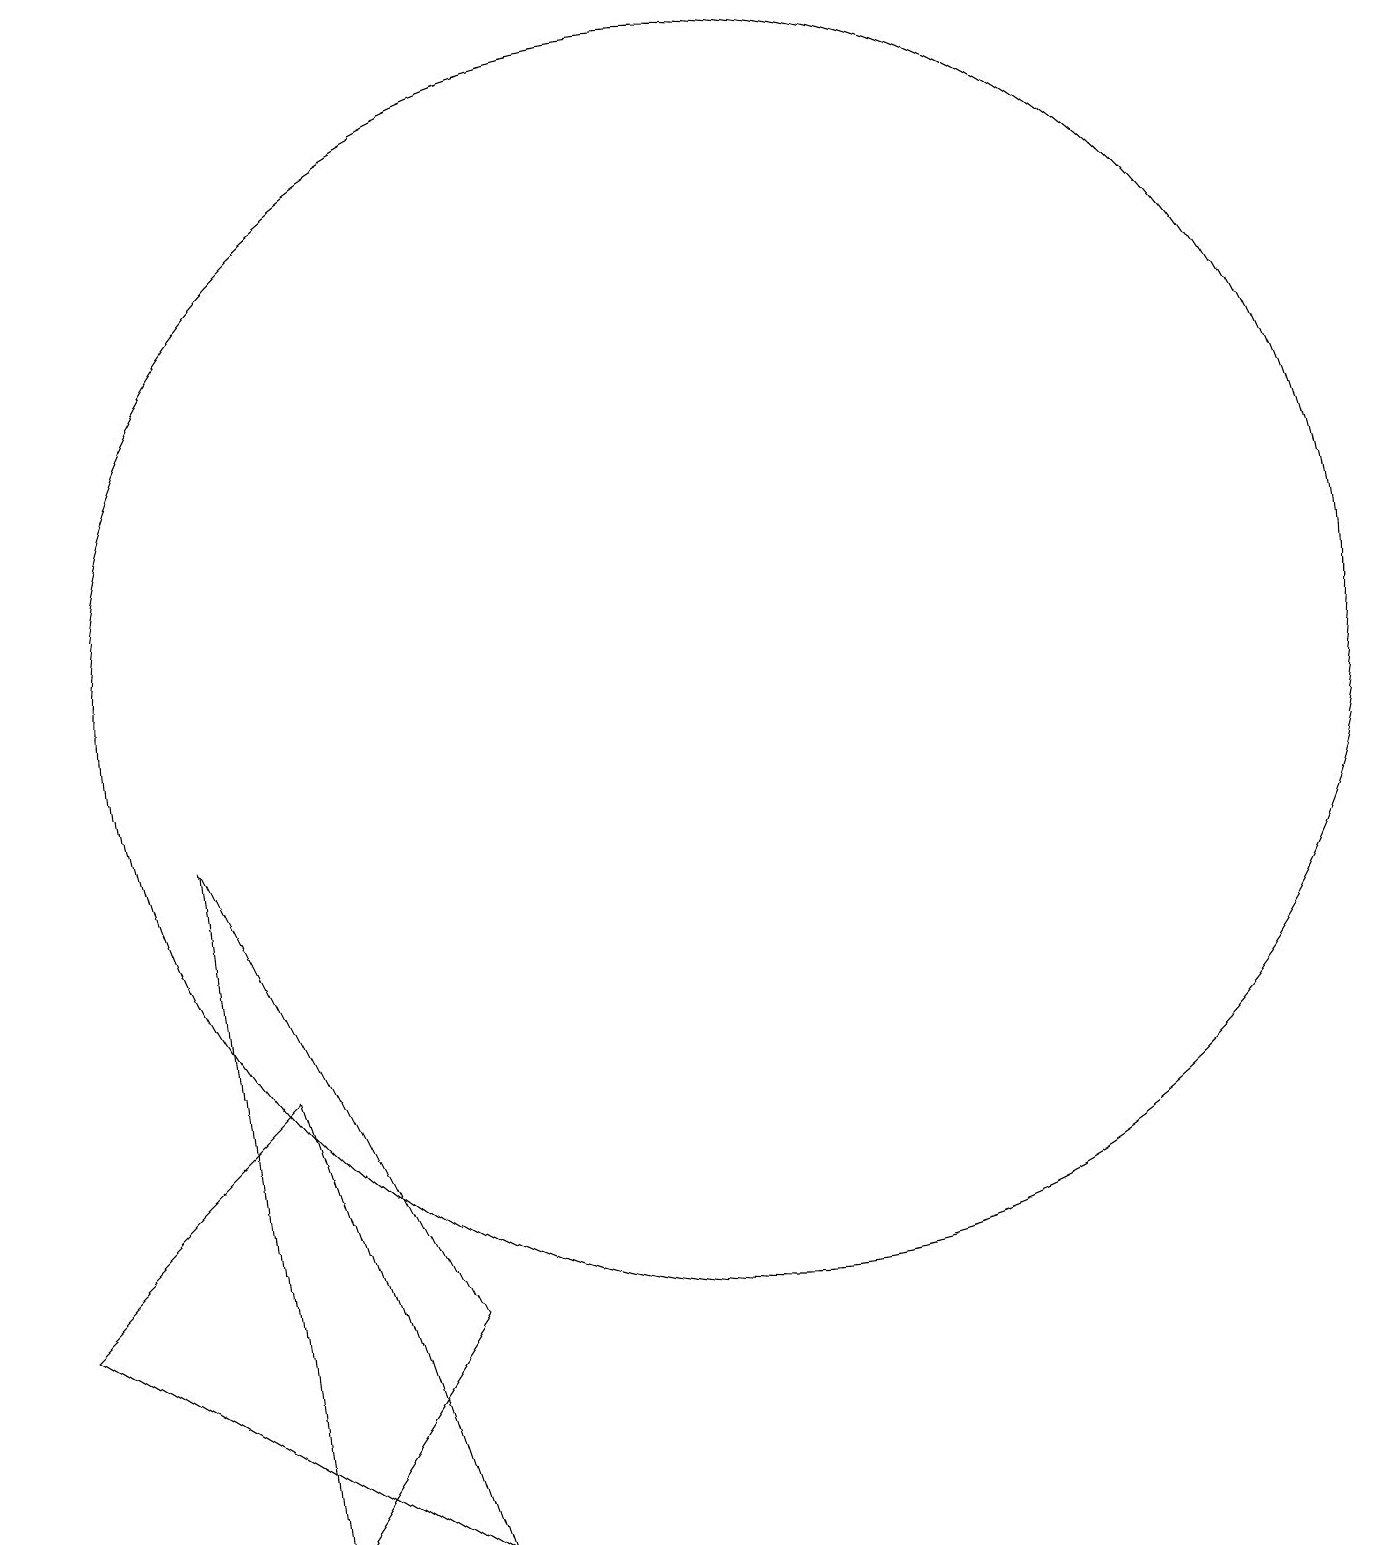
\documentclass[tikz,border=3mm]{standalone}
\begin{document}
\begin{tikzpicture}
\draw (5,6) -- (2,3) -- (7,0) -- cycle;
\draw (11,11) circle (8);
\draw (4,9) -- (7,3) -- (5,0) -- cycle;
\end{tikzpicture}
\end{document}